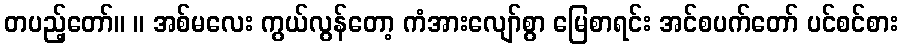
တပည့်တော်။ ။ အစ်မလေး ကွယ်လွန်တော့ ကံအားလျော်စွာ မြေစာရင်း အင်စပက်တော် ပင်စင်စား